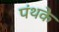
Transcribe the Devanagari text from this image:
पंथके